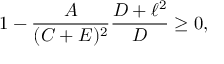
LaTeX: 1 - { \frac { A } { ( C + E ) ^ { 2 } } } { \frac { D + \ell ^ { 2 } } { D } } \geq 0 ,